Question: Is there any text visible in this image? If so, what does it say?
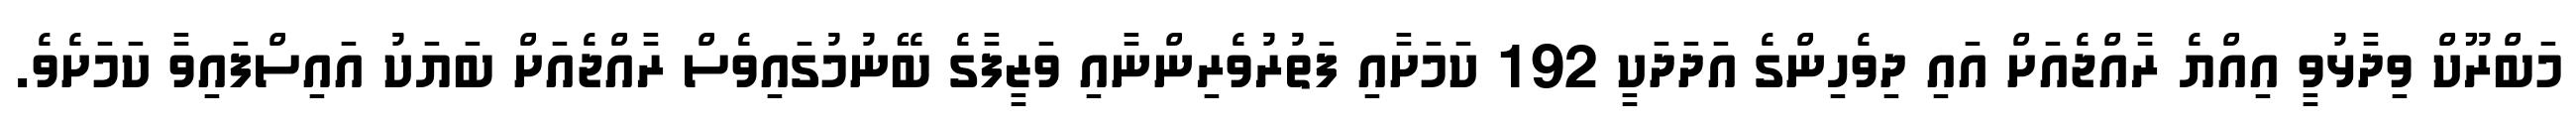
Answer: މަބްރޫކް ވިދާޅުވީ އިއްޔެ ރާއްޖެއަށް އައި ދިވެހިންގެ އަދަދަކީ 192 ކަމަށާއި ފަތުރުވެރިންނާއި ވަޒީފާގެ ބޭނުމުގައިވެސް ރާއްޖެއަށް ބަޔަކު އައިސްފައިވާ ކަމަށެވެ.